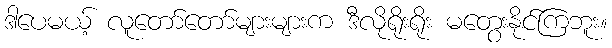
ဒါပေမယ့် လူတော်တော်များများက ဒီလိုရိုးရိုး မတွေးနိုင်ကြဘူး။